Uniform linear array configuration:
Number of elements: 32
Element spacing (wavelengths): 0.5
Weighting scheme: hamming
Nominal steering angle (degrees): -45
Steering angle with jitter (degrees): -44.747
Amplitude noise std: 0.05
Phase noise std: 0.05

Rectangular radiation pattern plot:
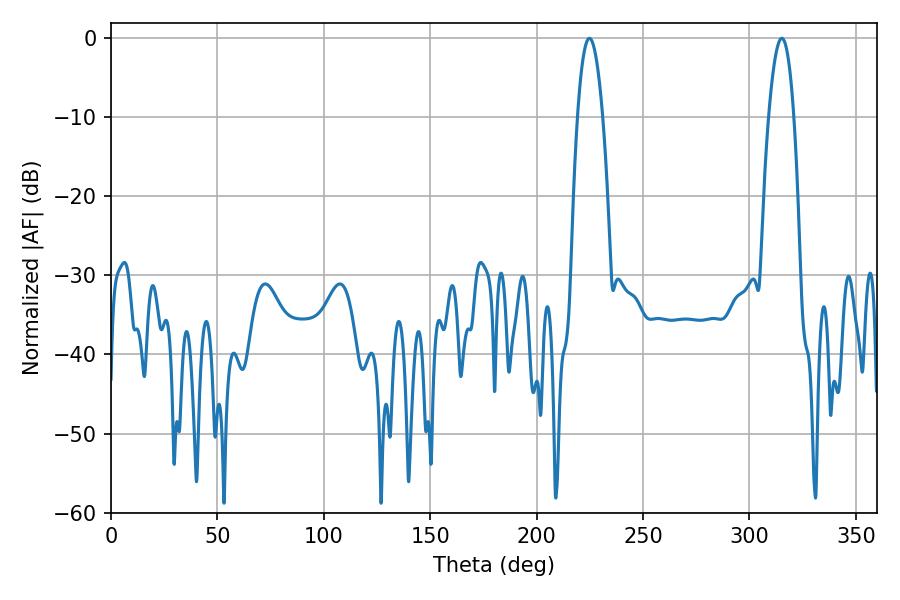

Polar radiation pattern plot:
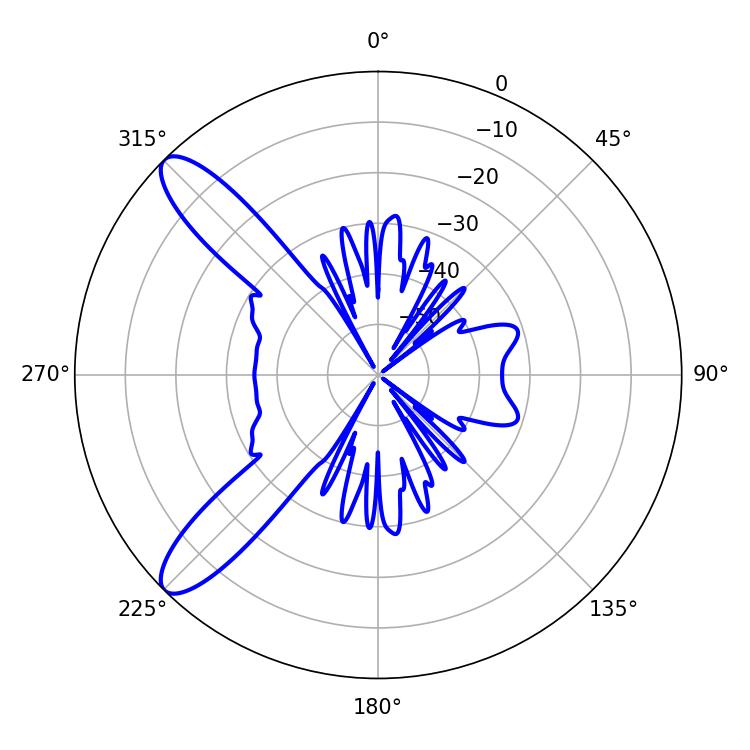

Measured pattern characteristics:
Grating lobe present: FALSE
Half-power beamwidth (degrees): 6.66
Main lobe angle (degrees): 224.82